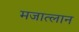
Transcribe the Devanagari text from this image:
मजात्लान